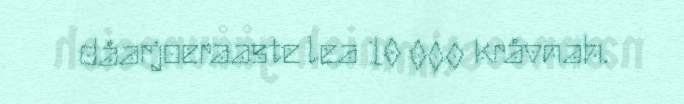
dåarjoeraaste lea 10 000 kråvnah.